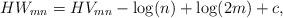
LaTeX: \begin{align*}HW_{mn}=HV_{mn}-\log(n)+\log(2m)+c,\end{align*}